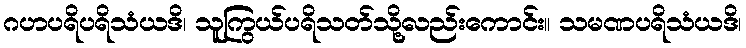
ဂဟပရိပရိသံယဒိ၊ သူကြွယ်ပရိသတ်သို့လည်းကောင်း။ သမဏပရိသံယဒိ၊